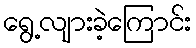
ရွေ့လျားခဲ့ကြောင်း